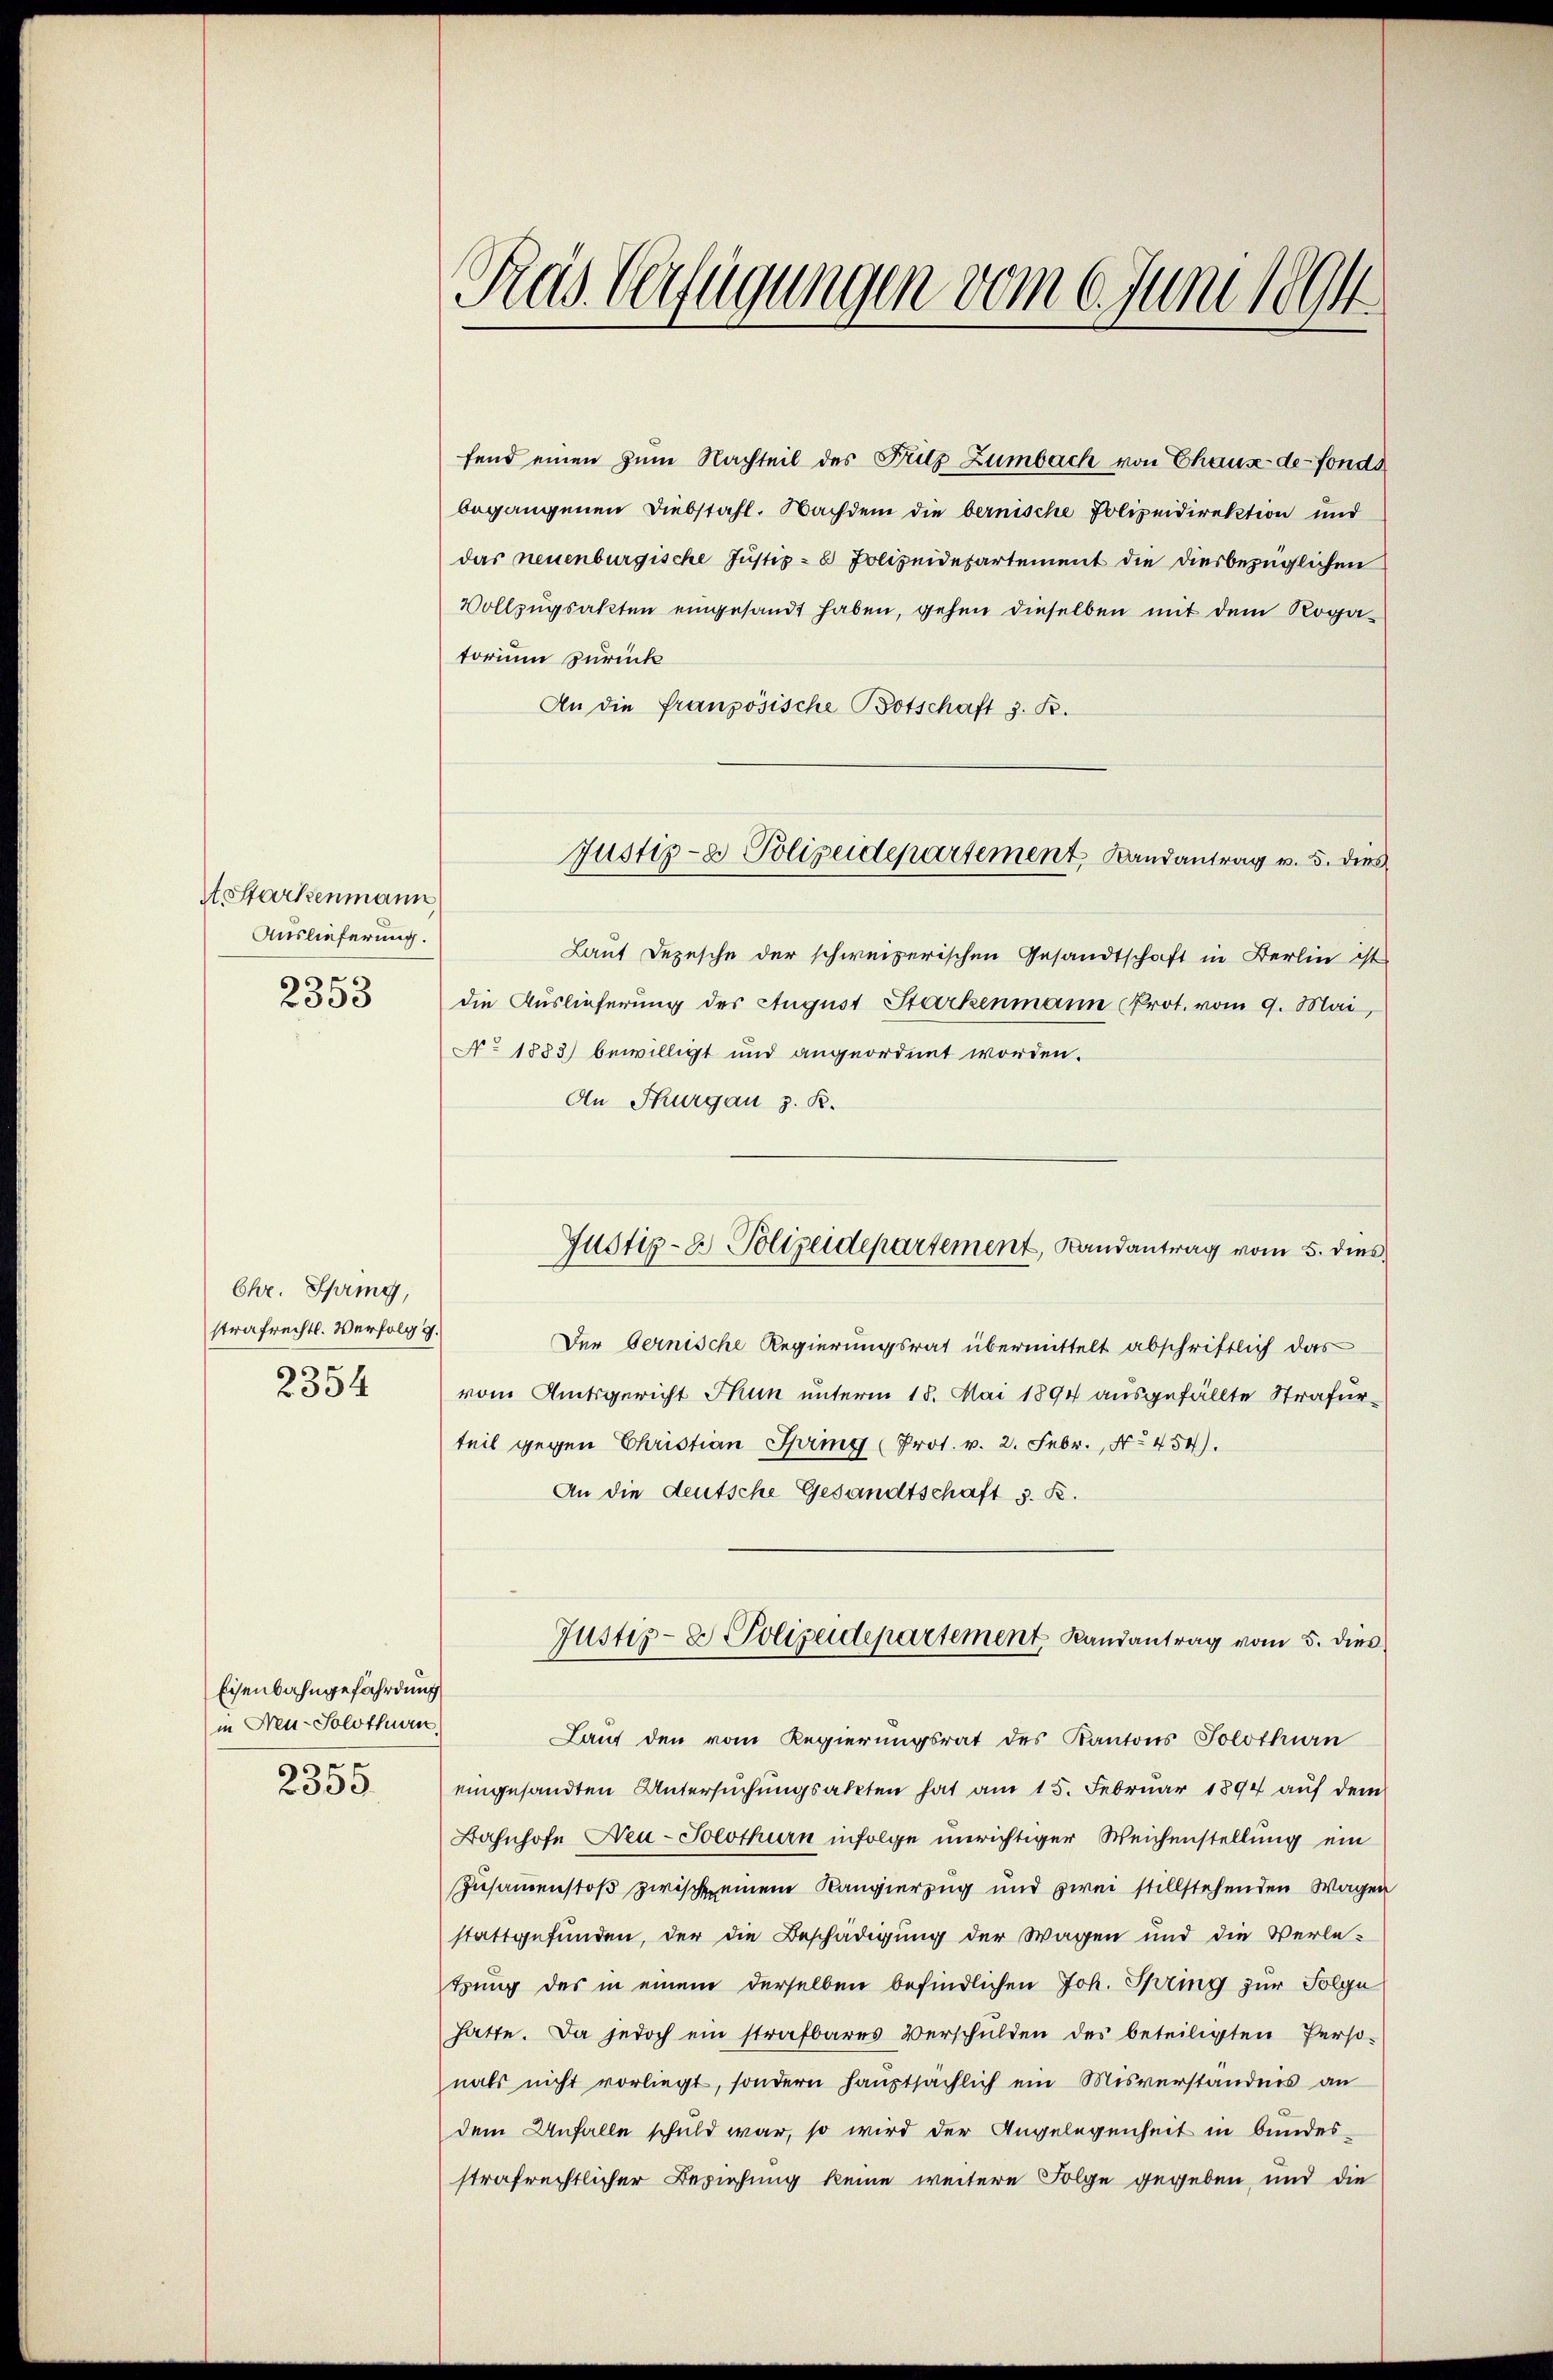
Asstarkenmann,
Auslieferung.
2353

Chr. Spring,
strafrechtl. Verfolg g
2354

Eisenbahngefährdung
in Neu-Solothurn
2355

Ras Verfügungen vom 6. Juni 1894

fend einen zum Nachteil des Fritz Zumbach von Chause der Fondsbegangenen Diebstahl. Nachdem die bernische Polizeidirektion und
das neuenburgische Justiz- & Polizeidepartement die diesbezüglichen
Vollzugsakten eingesandt haben, gehen dieselben mit dem Rogatorium zurück
An die französische Botschaft z. B.
Laut Depesche der schweizerischen Gesandtschaft in Berlin ist
die Auslieferung des August Starkenmann Prot. vom 9. Mai,
No 1883) bewilligt und angeordnet worden.
An Thurgau z. R.
Der Bernische Regierungsrat übermittelt abschriftlich das
vom Amtsgericht Thun unterm 18. Mai 1894 ausgefällte Strafurteil gegen Christian Spring (Prot. v. 2. Febr., No 454).
An die deutsche Gesandtschaft s. R.
Justiz- & Polizeidepartement Randantrag vom 5. dies
Lauf den vom Regierungsrat des Kantons Solothurn
eingesandten Untersuchungsakten hat am 15. Februar 1894 auf dem
Bahnhofe Neu-Solothurn infolge unrichtiger Weichenstellung ein
Zusammenstoß zwische einem Kangierzug und zwei stillstehenden Wagen
stattgefunden, der die Beschädigung der Wagen und die Verletrung des in einem derselben befindlichen Joh. Spring zur Folge
hatte. Da jedoch ein strafbares Verschulden des beteiligten Perso-
nals nicht vorliegt, sondern hauptsächlich ein Misverständnis an
dem Unfalle schuld war, so wird der Angelegenheit in bundesstrafrechtlicher Beziehung keine weitere Folge gegeben, und die

Justiz- & Polizeidepartement Landantrag v. 5. dies

Justiz- & Polizeidepartement, Landantrag vom 5. dies